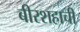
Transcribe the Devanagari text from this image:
बीरशहाची